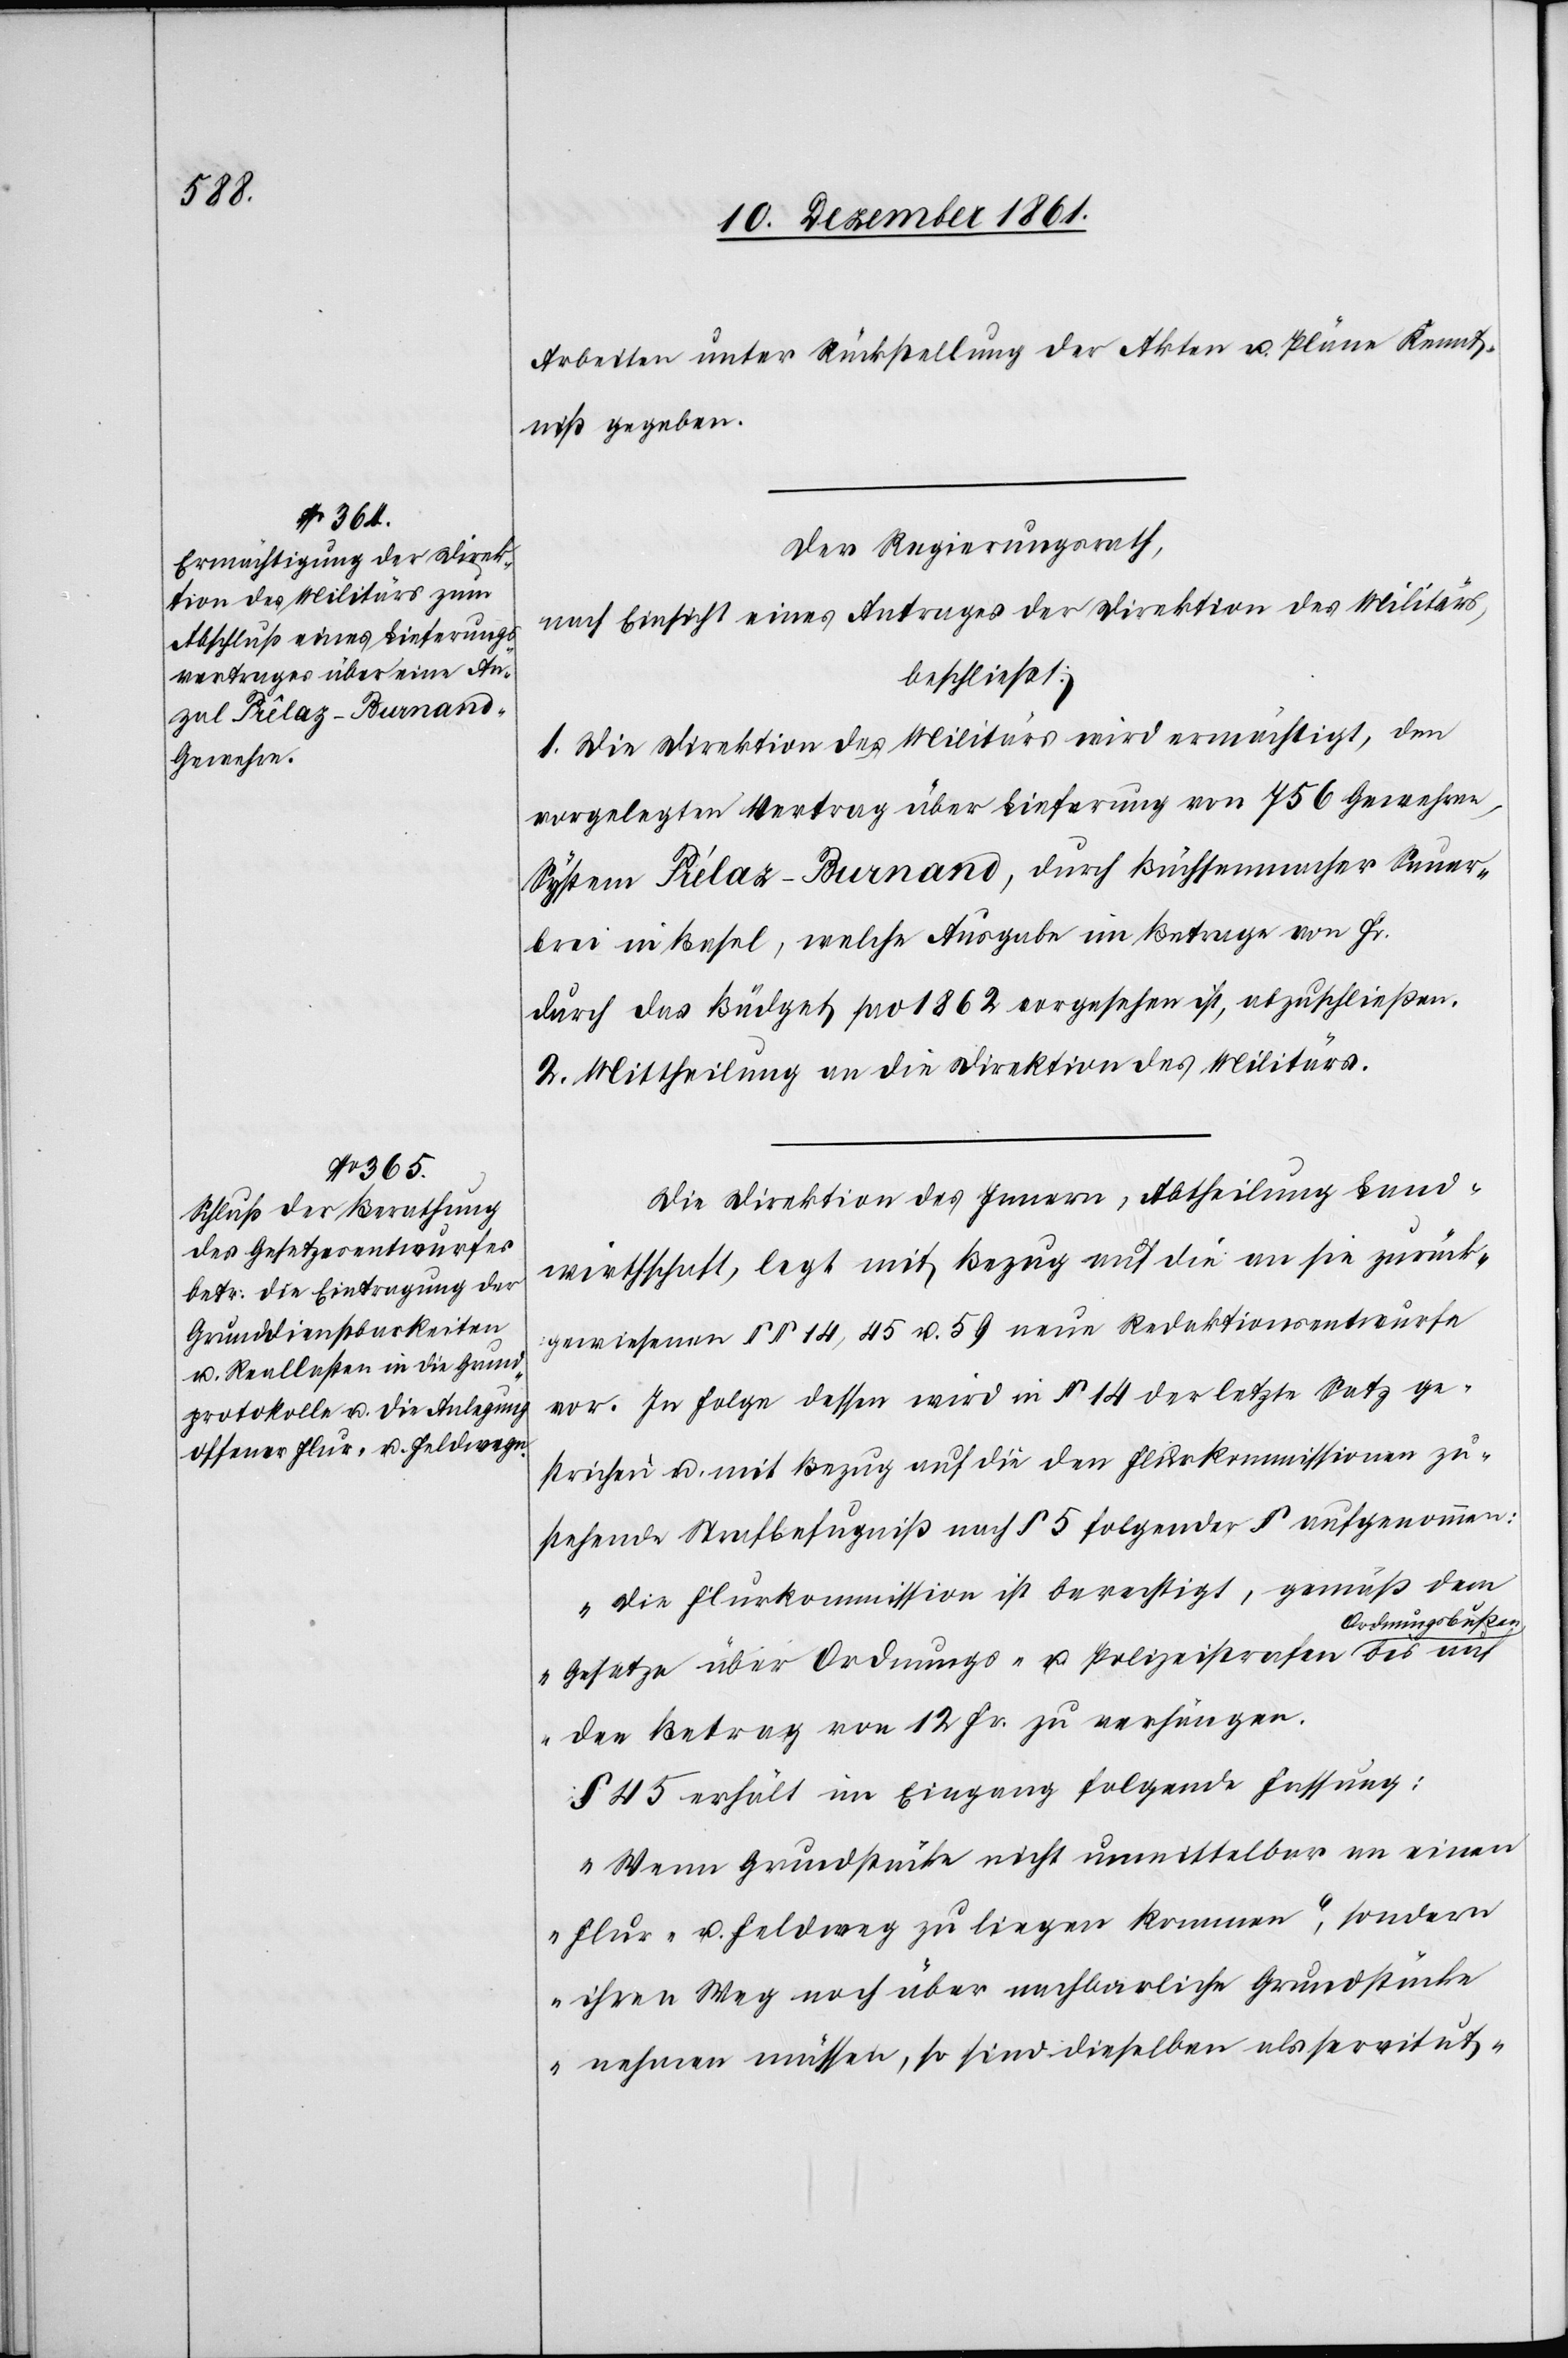
Arbeiten unter Rückstellung der Akten u. Pläne Kennt¬
niß gegeben.
Der Regierungsrath,
nach Einsicht eines Antrages der Direktion des Militärs,
beschließt:
1. Die Direktion des Militärs wird ermächtigt, den
vorgelegten Vertrag über Lieferung von 756 Gewehren,
System Prélaz-Burnano, durch Büchsenmacher Seuer¬
brei in Basel, welche Ausgabe im Betrage von Fr.
durch das Büdget pro 1862 vorgesehen ist, abzuschließen.
2. Mittheilung an die Direktion des Militärs.
Die Direktion des Innern, Abtheilung Land¬
wirthschaft, legt mit Bezug auf die an sie zurück¬
gewiesenen §§ 14, 45 u. 59 neue Redaktionsentwurfe
vor. In Folge dessen wird in § 14 der letzte Satz ge¬
strichen u. mit Bezug auf die den Flurkommissionen zu¬
stehende Strafbefugniß nach § 5 folgender § aufgenommen:
„Die Flurkommission ist berechtigt, gemäß dem
rdnungsbußen
Gesetze über Ordnungs- u. Polizeistrafen O¬
den Betrag von 12 Fr. zu verhängen.[“]
§ 45 erhält im Eingang folgende Fassung:
„Wenn Grundstücke nicht unmittelbar an einen
Flur- u. Feldweg zu liegen kommen, sondern
ihren Weg noch über nachbarliche Grundstücke
nehmen müssen, so sind dieselben als privat-